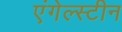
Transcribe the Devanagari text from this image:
एंगेल्स्टीन